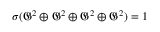
\sigma ( { \mathfrak { G } } ^ { 2 } \oplus { \mathfrak { G } } ^ { 2 } \oplus { \mathfrak { G } } ^ { 2 } \oplus { \mathfrak { G } } ^ { 2 } ) = 1